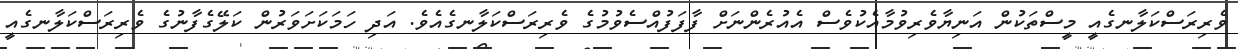
ވެރިރަސްކަލާނގެއީ މީސްތަކުން އަނިޔާވެރިވުމާއެކުވެސް އެއުރެންނަށް ފާފަފުއްސެވުމުގެ ވެރިރަސްކަލާނގެއެވެ. އަދި ހަމަކަށަވަރުން ކަލޭގެފާނުގެ ވެރިރަސްކަލާނގެއީ